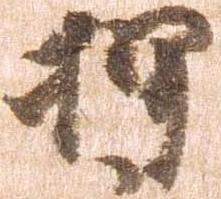
押